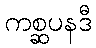
ကစ္ဆပနဒီ